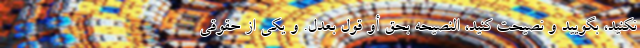
نکنید، بگویید و نصیحت کنید، النصیحه بحق أو قول بعدل. و یکی از حقوقی